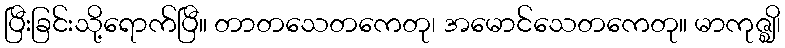
ပြီးခြင်းသို့ရောက်ပြီ။ တာတသေတကေတု၊ အမောင်သေတကေတု။ မာကုဇ္ဈိ၊